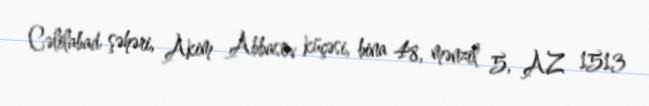
Cəlilabad şəhəri, Akim Abbasov küçəsi, bina 48, mənzil 5, AZ 1513